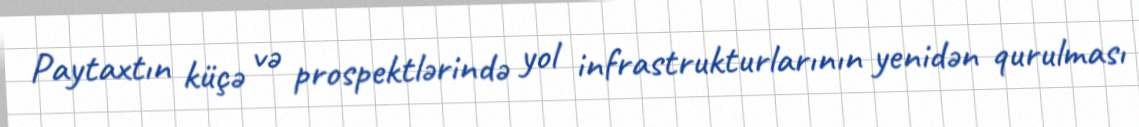
Paytaxtın küçə və prospektlərində yol infrastrukturlarının yenidən qurulması